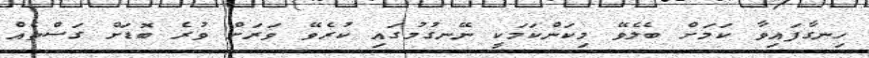
ހިނގާފައިވާ ކަމަށް ބެލެވޭ މިކަންކަމަކީ ނޭނގުމުގައި ކުރެވޭ ވަރަށް ވުރެ ބޮޑަށް ގަސްތެއް